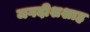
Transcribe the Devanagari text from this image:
जगदीशशाह